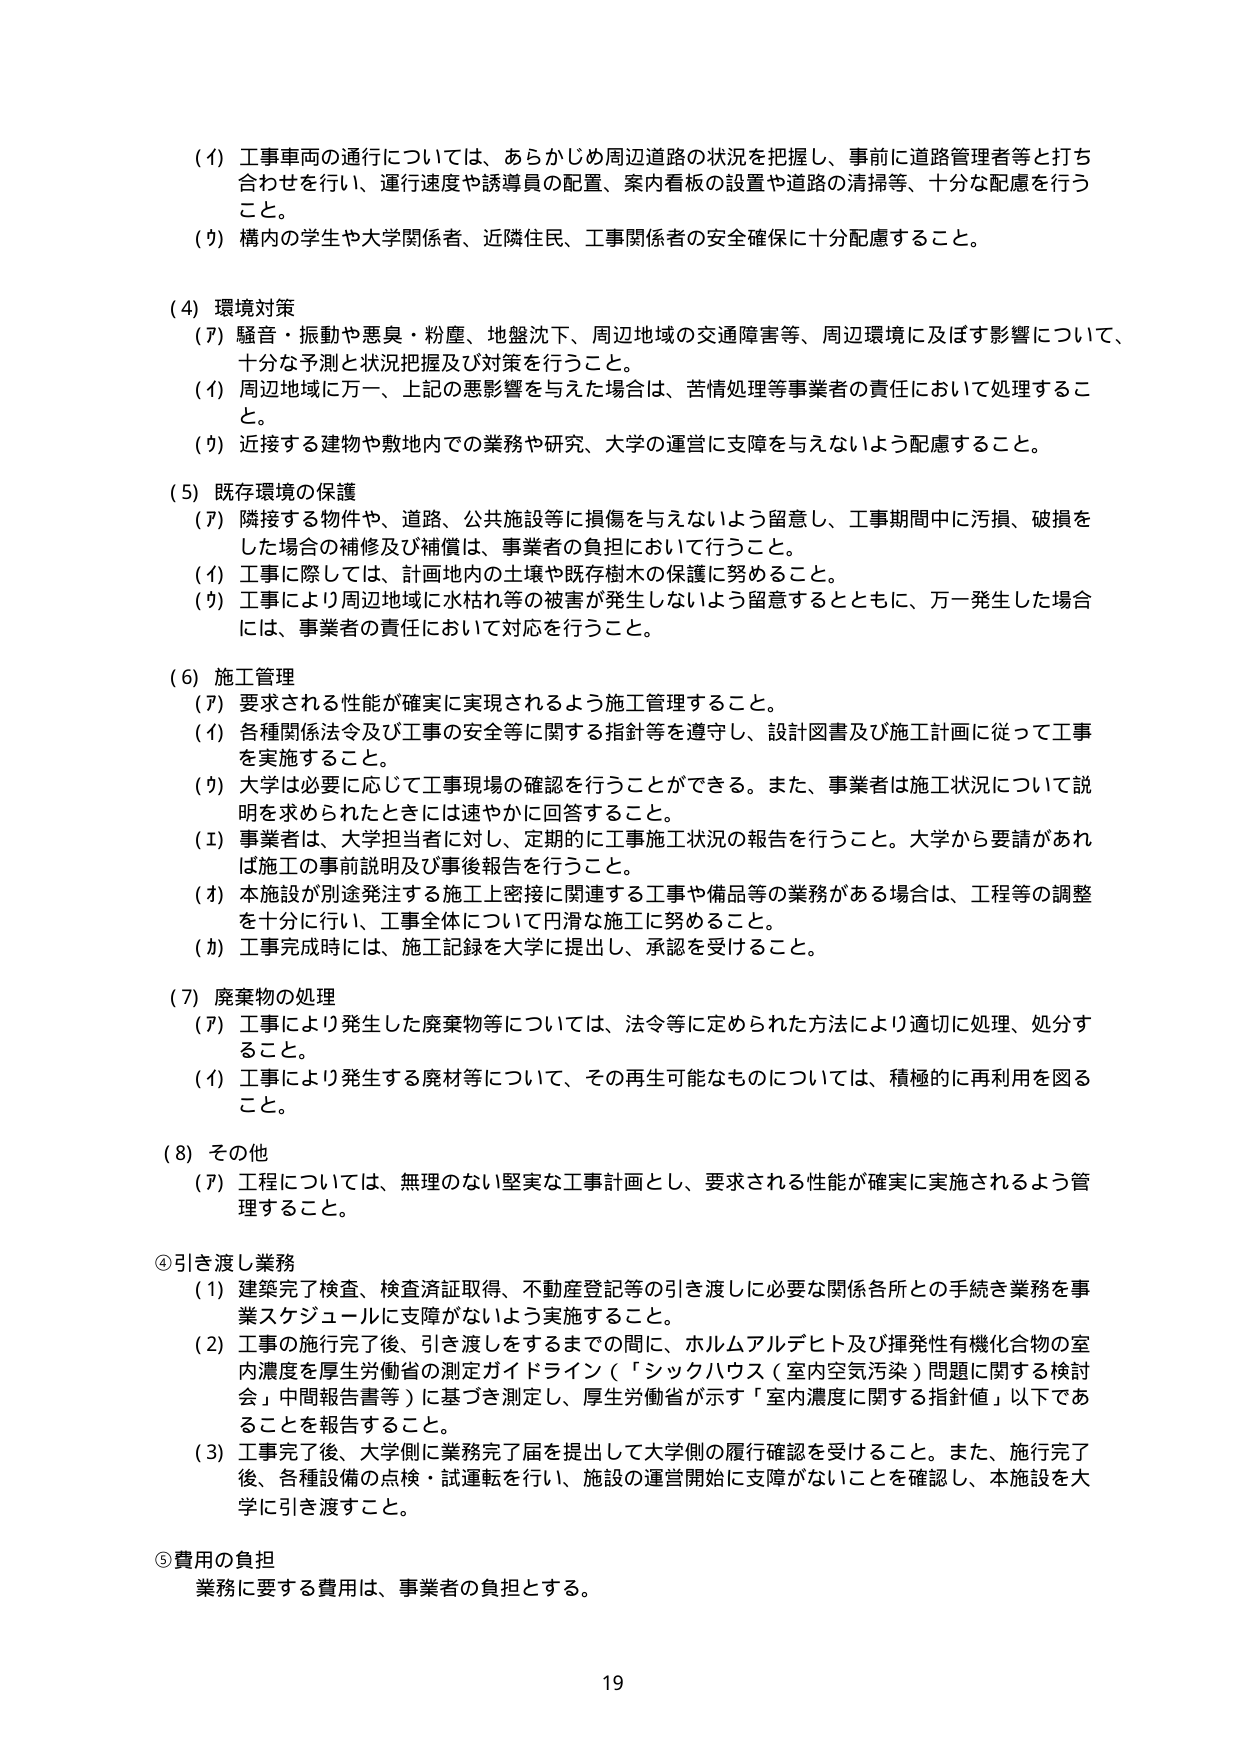
(4) 工事車両の通行については、あらかじめ周辺道路の状況を把握し、事前に道路管理者等と打ち合わせを行い、運行速度や誘導員の配置、案内看板の設置や道路の清掃等、十分な配慮を行うこと。

(5) 構内の学生や大学関係者、近隣住民、工事関係者の安全確保に十分配慮すること。

(4) 環境対策
(7) 騒音・振動や悪臭・粉塵、地盤沈下、周辺地域の交通障害等、周辺環境に及ぼす影響について、十分な予測と状況把握及び対策を行うこと。
(4) 周辺地域に万一、上記の悪影響を与えた場合は、苦情処理等事業者の責任において処理すること。
(5) 近接する建物や敷地内での業務や研究、大学の運営に支障を与えないよう配慮すること。

(5) 既存環境の保護
(7) 隣接する物件や、道路、公共施設等に損傷を与えないよう留意し、工事期間中に汚損、破損をした場合の補修及び補償は、事業者の負担において行うこと。
(4) 工事に際しては、計画地内の土壌や既存樹木の保護に努めること。
(5) 工事により周辺地域に水枯れ等の被害が発生しないよう留意するとともに、万一発生した場合には、事業者の責任において対応を行うこと。

(6) 施工管理
(7) 要求される性能が確実に実現されるよう施工管理すること。
(4) 各種関係法令及び工事の安全等に関する指針等を遵守し、設計図書及び施工計画に従って工事を実施すること。
(5) 大学は必要に応じて工事現場の確認を行うことができる。また、事業者は施工状況について説明を求められたときには速やかに回答すること。
(1) 事業者は、大学担当者に対し、定期的に工事施工状況の報告を行うこと。大学から要請があれば施工の事前説明及び事後報告を行うこと。
(2) 本施設が別途発注する施工工事に密接に関連する工事や備品等の業務がある場合は、工程等の調整を十分に行い、工事全体について円滑な施工に努めること。
(3) 工事完成時には、施工記録を大学に提出し、承認を受けること。

(7) 廃棄物の処理
(7) 工事により発生した廃棄物等については、法令等に定められた方法により適切に処理、処分すること。
(4) 工事により発生する廃材等について、その再生可能なものについては、積極的に再利用を図ること。

(8) その他
(7) 工程については、無理のない堅実な工事計画とし、要求される性能が確実に実施されるよう管理すること。

④ 引き渡し業務
(1) 建築完了検査、検査済証取得、不動産登記等の引き渡しに必要な関係各所との手続き業務を事業スケジュールに支障がないよう実施すること。
(2) 工事の施行完了後、引き渡しをするまでの間に、ホルムアルデヒド及び揮発性有機化合物の室内濃度を厚生労働省の測定ガイドライン（「シックハウス（室内空気汚染）問題に関する検討会」中間報告書等）に基づき測定し、厚生労働省が示す「室内濃度に関する指針値」以下であることを報告すること。
(3) 工事完了後、大学側に業務完了届を提出して大学側の履行確認を受けること。また、施行完了後、各種設備の点検・試運転を行い、施設の運営開始に支障がないことを確認し、本施設を大学に引き渡すこと。

⑤ 費用の負担
業務に要する費用は、事業者の負担とする。

19